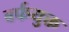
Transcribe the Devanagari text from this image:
बर्फयुक्त